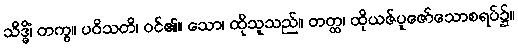
သိဒ္ဓိံ၊ တကွ။ ပဝိသတိ၊ ဝင်၏။ သော၊ ထိုသူသည်။ တတ္ထ၊ ထိုယဇ်ပူဇော်သောစရပ်၌။